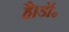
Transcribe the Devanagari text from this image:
है।डॉ॰